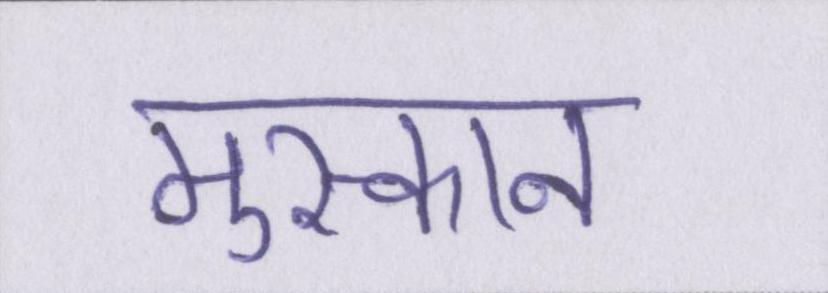
मुस्कान